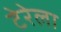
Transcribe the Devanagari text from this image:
टेरेला